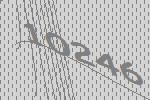
10246